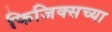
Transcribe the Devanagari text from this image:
फिजिक्सच्या